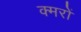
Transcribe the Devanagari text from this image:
क्मरों